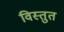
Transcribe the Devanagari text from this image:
विस्तुत